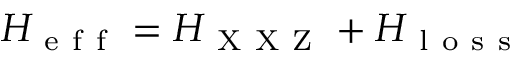
H _ { \mathrm { ~ e ~ f ~ f ~ } } = H _ { \mathrm { ~ X ~ X ~ Z ~ } } + H _ { \mathrm { ~ l ~ o ~ s ~ s ~ } }